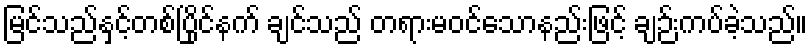
မြင်သည်နှင့်တစ်ပြိုင်နက် ချင်သည် တရားမဝင်သောနည်းဖြင့် ချဉ်းကပ်ခဲ့သည်။